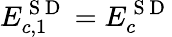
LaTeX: E_{c,1}^{\mathrm{~S~D~}}=E_{c}^{\mathrm{~S~D~}}